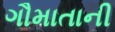
ગૌમાતાની